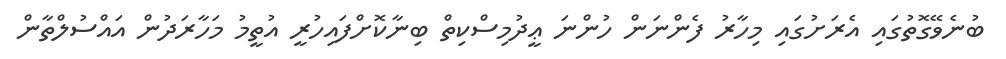
ބުނެވޭގޮތުގައި އެރަށުގައި މިހާރު ފެންނަން ހުންނަ ޢީދުމިސްކިތް ބިނާކޮށްފައިހުރީ އުތީމު މަހާރަދުން އައްސުލްތާން